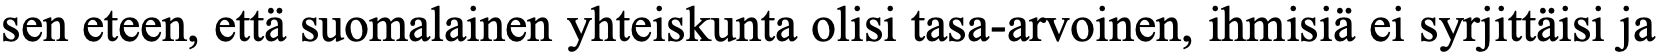
sen eteen, että suomalainen yhteiskunta olisi tasa-arvoinen, ihmisiä ei syrjittäisi ja